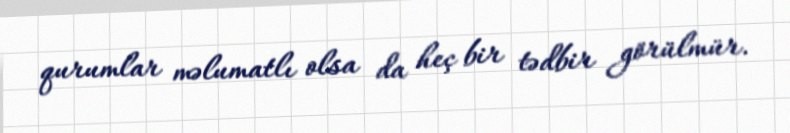
qurumlar məlumatlı olsa da heç bir tədbir görülmür.